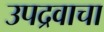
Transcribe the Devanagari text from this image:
उपद्रवाचा